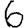
Digit: 6